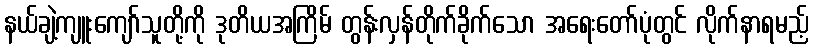
နယ်ချဲ့ကျူးကျော်သူတို့ကို ဒုတိယအကြိမ် တွန်းလှန်တိုက်ခိုက်သော အရေးတော်ပုံတွင် လိုက်နာရမည့်